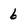
Character: 6